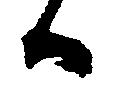
ハ